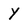
Character: Y